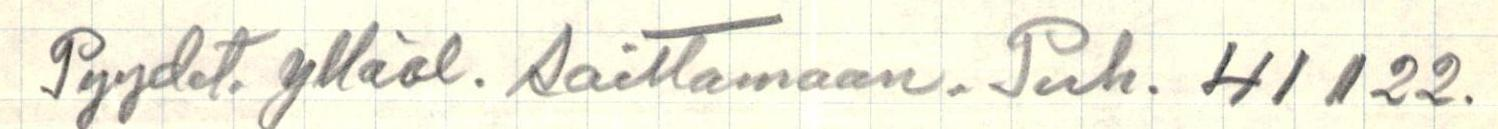
Pyydet. ylläol. soittamaan. Puh. 41122.